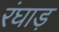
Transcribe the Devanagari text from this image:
रंघाड़